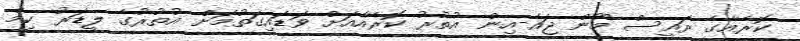
ކޮރެއާގެ ރައީސް މޫން ޖައެ-އިން އުތުރު ކޮރެއާއަށް ވަޑައިގަތުމަށް އުތުރުގެ ލީޑަރު ކިމް